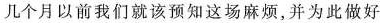
几个月以前我们就该预知这场麻烦,并为此做好